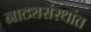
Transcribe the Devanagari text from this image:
नाट्यसंस्थांत